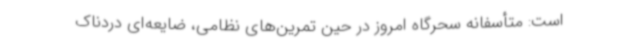
است: متأسفانه سحرگاه امروز در حین تمرین‌های نظامی، ضایعه‌ای دردناک